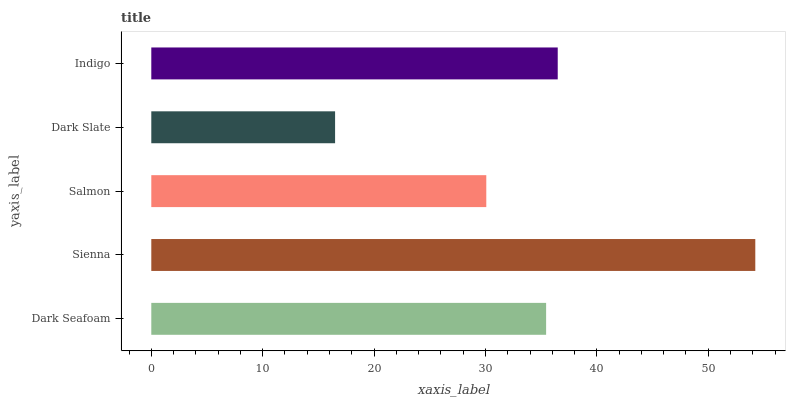
| yaxis_label | bars |
 | --- | --- |
 | Dark Seafoam | 35.4 |
 | Sienna | 54.2 |
 | Salmon | 30.1 |
 | Dark Slate | 16.5 |
 | Indigo | 36.5 |